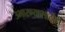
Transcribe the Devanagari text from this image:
उभारण्यासाठीही